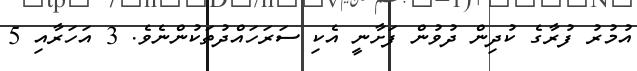
އުމުރު ފުރާގެ ކުދިން ދުވުން ފަށާނީ އެކި ސަރަހައްދުތަކުންނެވެ. 3 އަހަރާއި 5